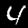
Label: 4